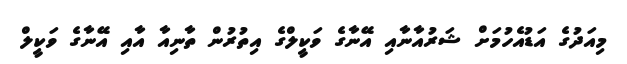
މިއަދުގެ އަޑުއެހުމަށް ޝަރުއާނާއި އޭނާގެ ވަކީލްގެ އިތުރުން ތާނިއާ އާއި އޭނާގެ ވަކީލް